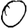
Digit: 0